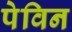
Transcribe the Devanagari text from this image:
पेविन